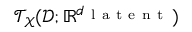
\mathcal { T } _ { \mathcal { X } } ( \mathcal { D } ; \mathbb { R } ^ { d _ { \mathrm { ~ l ~ a ~ t ~ e ~ n ~ t ~ } } } )